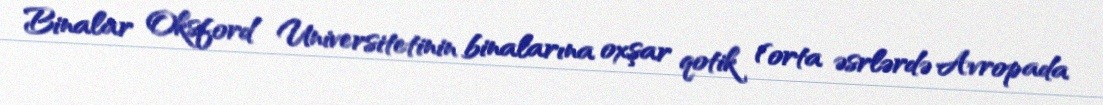
Binalar Oksford Universitetinin binalarına oxşar qotik (orta əsrlərdə Avropada